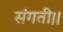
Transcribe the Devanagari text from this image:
संगती।।